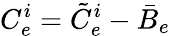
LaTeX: C_{e}^{i}=\tilde{C}_{e}^{i}-\bar{B}_{e}